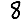
Digit: 8